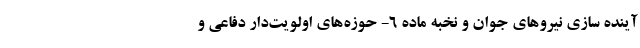
آینده سازی نیروهای جوان و نخبه ماده ۶- حوزه‌های اولویت‌دار دفاعی و